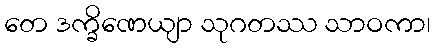
တေ ဒက္ခိဏေယျာ သုဂတဿ သာဝကာ၊